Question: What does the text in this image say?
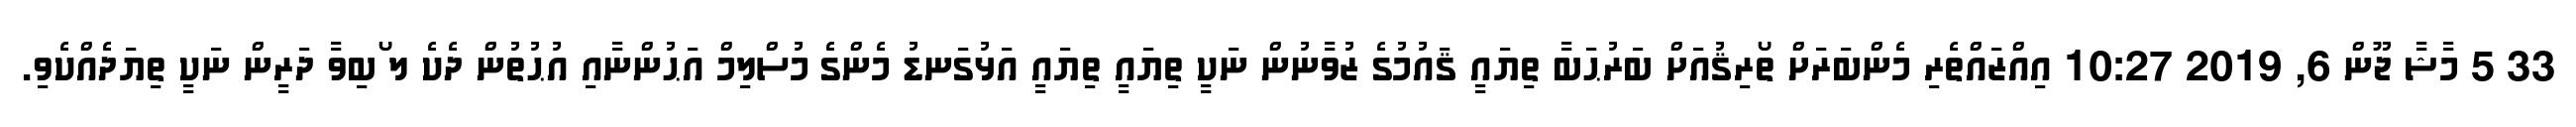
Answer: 33 5 މާޝާ ޖޫން 6, 2019 10:27 އިއްޒައްތެރި މެންބަރަށް ތޯރިޤުއަށް ބަރުޙަބާ ތިޔައީ ޤައުމުގެ ޒުވާނުން ނަކީ ތިޔައީ ތިޔައީ އަޅުގަނޑު މެންގެ މުސްލިމް އަޙުންނާއި އުޙުތުން ދެކެ ލ ޯބިވާ ދަރީން ނަކީ ތިޔަދެއްކެވި.